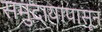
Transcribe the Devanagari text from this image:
समुदायापासून